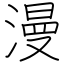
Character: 漫